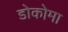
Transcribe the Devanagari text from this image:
डोकोमा